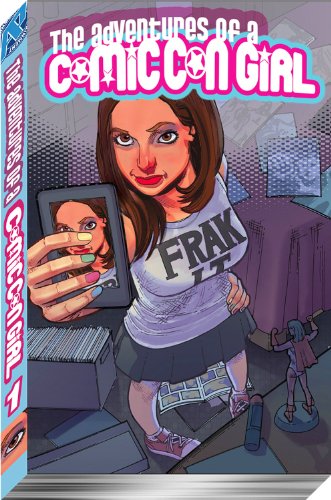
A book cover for The Adventures of a Comic Con Girl TP; Matt Spradlin; Comics & Graphic Novels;